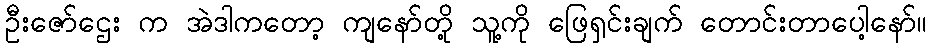
ဦးဇော်ဌေး က အဲဒါကတော့ ကျနော်တို့ သူ့ကို ဖြေရှင်းချက် တောင်းတာပေါ့နော်။